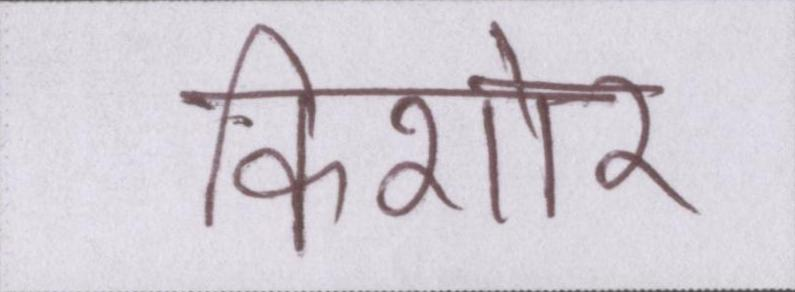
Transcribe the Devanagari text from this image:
किशोर